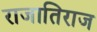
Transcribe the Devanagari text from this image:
राजातिराज